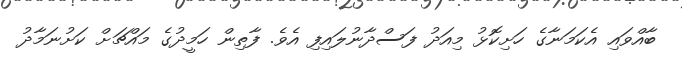
ބާއްވައި އެކަމަނާގެ ހަށިކޮޅު މިއަދު ފަސްދާނުލައިފި އެވެ. ފާތިން ހަމީދުގެ މައްޗަށް ކަށުނަމާދު